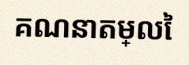
គណនាតម្លៃ